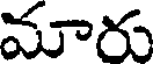
మారు